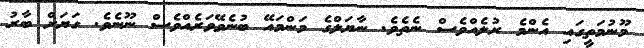
މޫނުމަތީގައި އެންމެ ރުލެއްވެސް ނެތެވެ. ނާޔަލްގެ މަންމައޭ ބުނެވޭވަރެއްވެސް ނޫނެވެ. ގަޔަށް ބާރު